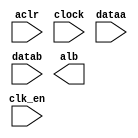
// megafunction wizard: %ALTFP_COMPARE%VBB%
// GENERATION: STANDARD
// VERSION: WM1.0
// MODULE: altfp_compare 

// ============================================================
// Megafunction Name(s):
// 			altfp_compare
//
// Simulation Library Files(s):
// 			lpm
// ============================================================
// ************************************************************
// THIS IS A WIZARD-GENERATED FILE. DO NOT EDIT THIS FILE!
//
// 9.0 Build 132 02/25/2009 SJ Full Version
// ************************************************************

//Copyright (C) 1991-2009 Altera Corporation
//Your use of Altera Corporation's design tools, logic functions 
//and other software and tools, and its AMPP partner logic 
//functions, and any output files from any of the foregoing 
//(including device programming or simulation files), and any 
//associated documentation or information are expressly subject 
//to the terms and conditions of the Altera Program License 
//Subscription Agreement, Altera MegaCore Function License 
//Agreement, or other applicable license agreement, including, 
//without limitation, that your use is for the sole purpose of 
//programming logic devices manufactured by Altera and sold by 
//Altera or its authorized distributors.  Please refer to the 
//applicable agreement for further details.

module comparator (
	aclr,
	clk_en,
	clock,
	dataa,
	datab,
	alb)/* synthesis synthesis_clearbox = 1 */;

	input	  aclr;
	input	  clk_en;
	input	  clock;
	input	[31:0]  dataa;
	input	[31:0]  datab;
	output	  alb;

endmodule

// ============================================================
// CNX file retrieval info
// ============================================================
// Retrieval info: PRIVATE: FPM_FORMAT NUMERIC "0"
// Retrieval info: PRIVATE: INTENDED_DEVICE_FAMILY STRING "Cyclone II"
// Retrieval info: PRIVATE: SYNTH_WRAPPER_GEN_POSTFIX STRING "0"
// Retrieval info: LIBRARY: altera_mf altera_mf.altera_mf_components.all
// Retrieval info: CONSTANT: INTENDED_DEVICE_FAMILY STRING "Cyclone II"
// Retrieval info: CONSTANT: PIPELINE NUMERIC "1"
// Retrieval info: CONSTANT: WIDTH_EXP NUMERIC "8"
// Retrieval info: CONSTANT: WIDTH_MAN NUMERIC "23"
// Retrieval info: USED_PORT: aclr 0 0 0 0 INPUT NODEFVAL "aclr"
// Retrieval info: USED_PORT: alb 0 0 0 0 OUTPUT NODEFVAL "alb"
// Retrieval info: USED_PORT: clk_en 0 0 0 0 INPUT NODEFVAL "clk_en"
// Retrieval info: USED_PORT: clock 0 0 0 0 INPUT NODEFVAL "clock"
// Retrieval info: USED_PORT: dataa 0 0 32 0 INPUT NODEFVAL "dataa[31..0]"
// Retrieval info: USED_PORT: datab 0 0 32 0 INPUT NODEFVAL "datab[31..0]"
// Retrieval info: CONNECT: @clk_en 0 0 0 0 clk_en 0 0 0 0
// Retrieval info: CONNECT: alb 0 0 0 0 @alb 0 0 0 0
// Retrieval info: CONNECT: @aclr 0 0 0 0 aclr 0 0 0 0
// Retrieval info: CONNECT: @dataa 0 0 32 0 dataa 0 0 32 0
// Retrieval info: CONNECT: @clock 0 0 0 0 clock 0 0 0 0
// Retrieval info: CONNECT: @datab 0 0 32 0 datab 0 0 32 0
// Retrieval info: GEN_FILE: TYPE_NORMAL comparator.v TRUE
// Retrieval info: GEN_FILE: TYPE_NORMAL comparator.inc FALSE
// Retrieval info: GEN_FILE: TYPE_NORMAL comparator.cmp FALSE
// Retrieval info: GEN_FILE: TYPE_NORMAL comparator.bsf TRUE FALSE
// Retrieval info: GEN_FILE: TYPE_NORMAL comparator_inst.v FALSE
// Retrieval info: GEN_FILE: TYPE_NORMAL comparator_bb.v TRUE
// Retrieval info: LIB_FILE: lpm